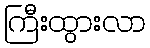
ကြီးထွားလာ